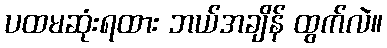
ပထမဆုံးရထား ဘယ်အချိန် ထွက်လဲ။